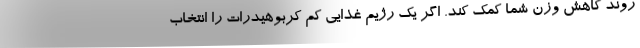
روند کاهش وزن شما کمک کند. اگر یک رژیم غذایی کم کربوهیدرات را انتخاب